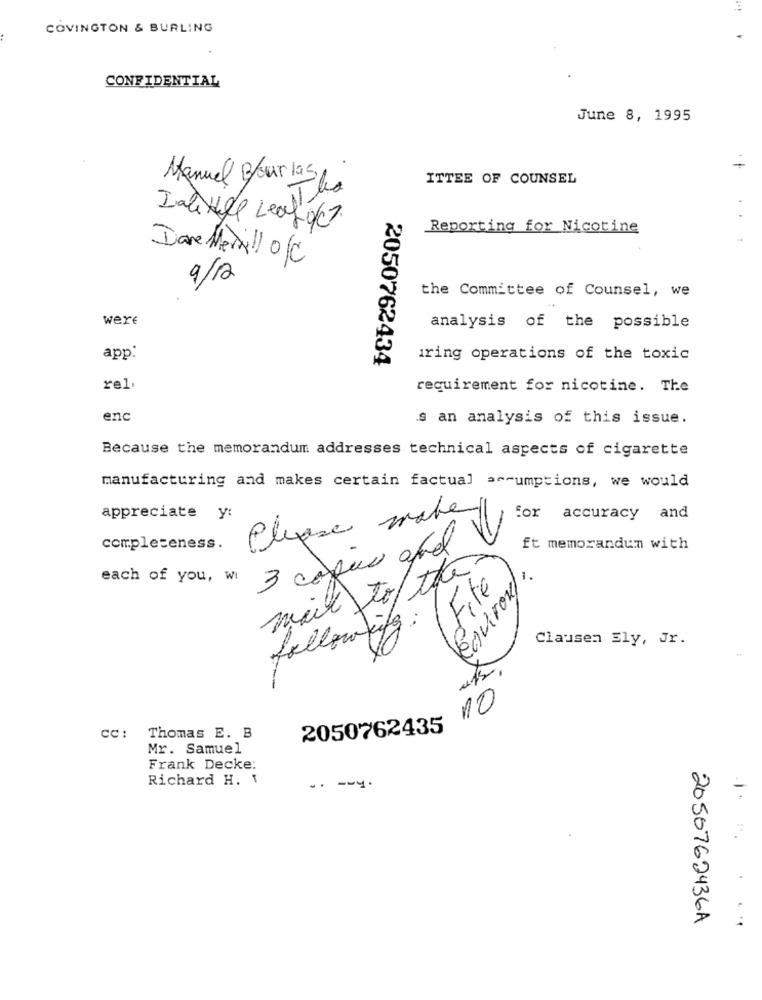
COVINGTON & BURLING
CONFIDENTIAL
June 8, 1995
Manuel Bour las
ITTEE OF COUNSEL
Ialittle Least la
..
Reporting for Nicotine
Dave Merrill OfC
9/12
the Committee of Counsel, we
were
analysis of the possible
app:'
2050762434
iring operations of the toxic
rel
requirement for nicotine. The
enc
s an analysis of this issue.
Because the memorandum addresses technical aspects of cigarette
manufacturing and makes certain factual >-umptions, we would
appreciate y:
Please make
for accuracy and
3 capua and V
completeness.
ft memorandum with
each of you, w
mail to the
Couron.
Fite
..
following:
Clausen Ely, Jr.
10
2050762435
cc: Thomas E. B
Mr. Samuel
Frank Decke:
Richard H. 1
.. -- y.
-
2050762436A